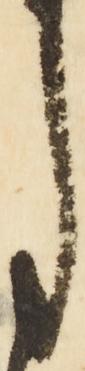
月